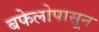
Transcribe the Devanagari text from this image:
बफेलोपासून